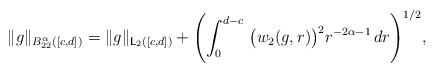
\begin{align*} \|g\|_{B^\alpha_{22}([c, d])}=\|g\|_{{\sf L}_{2}([c,d])}+ \Biggl(\int_0^{d-c}\ \bigl(w_2(g, r)\bigr)^2 r^{-2\alpha-1} \,dr \Biggr)^{1/2},\end{align*}